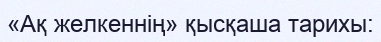
«Ақ желкеннің» қысқаша тарихы: